Document type: Sale
Year: 1461
Scribe: [Unknown]
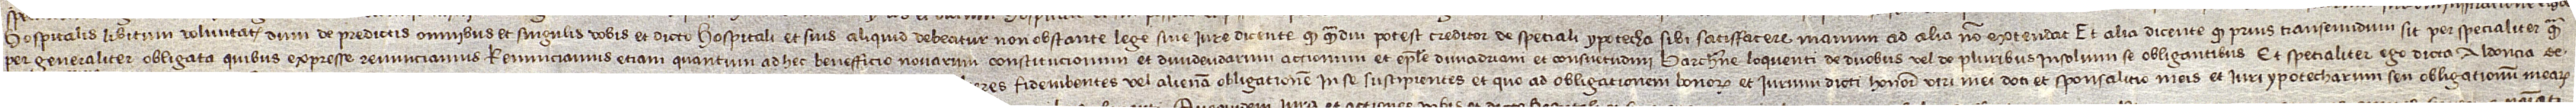
hospitalis libitum voluntatis dum de predictis omnibus et singulis vobis et dicti hospitali et suis aliquid debeatur, non obstante lege sive iure dicente quod quamdiu potest creditor de speciali ypotecha sibi satisfacere manum ad alis non extendat, et alia dicente quod prius transeundum sit per specialiter quam